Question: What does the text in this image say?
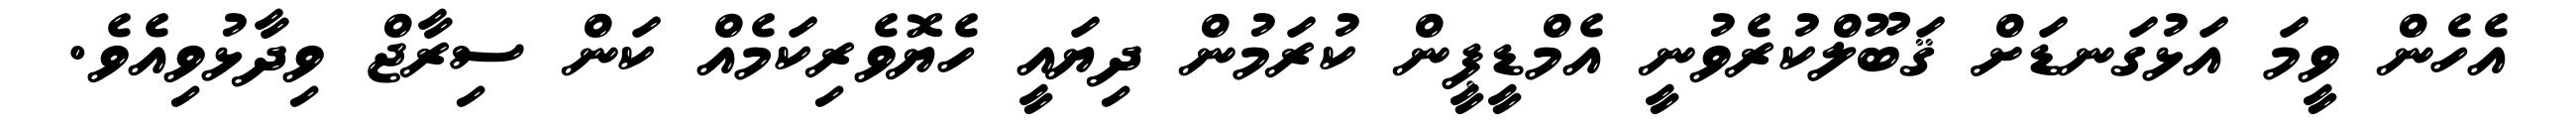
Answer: އެހެން ވީމަ އަޅުގަނޑަށް ޤަބޫލްކުރެވުނީ އެމްޑީޕީން ކުރަމުން ދިޔައީ ހެޔޮވެރިކަމެއް ކަން ސިރާޖް ވިދާޅުވިއެވެ.